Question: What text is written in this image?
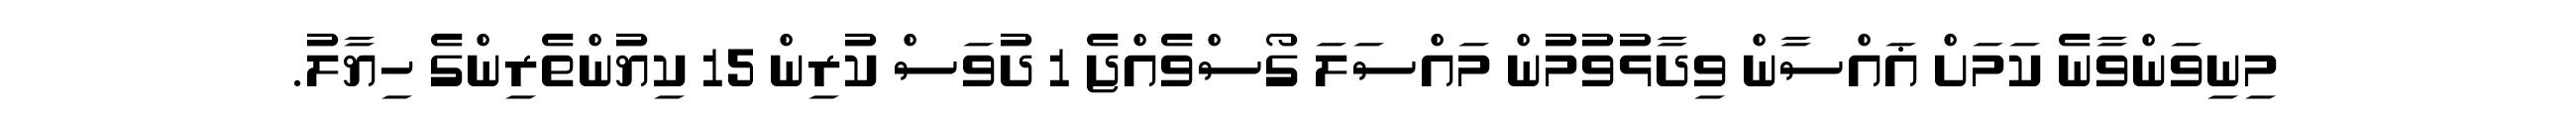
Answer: މިނިވަންވާނެ ކަމަށް ޣައްސާން ވިދާޅުވުމުން މައްސަލަ ގޯސްވެއްޖެ 1 ދުވަސް ކުރިން 15 ކިޔުންތެރިންގެ ހިޔާލު.